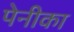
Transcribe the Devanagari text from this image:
पेनीका